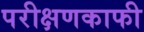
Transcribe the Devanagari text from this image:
परीक्षणकाफी